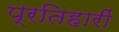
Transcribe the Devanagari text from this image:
प्रतिहारीं